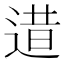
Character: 逪